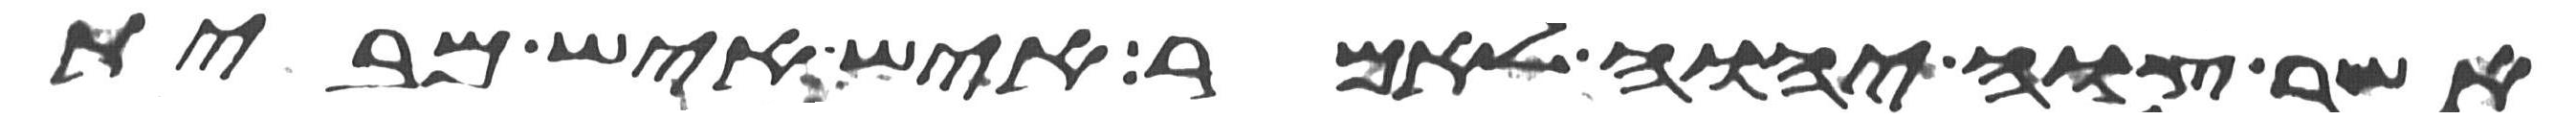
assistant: אשר צוה יהוה לאמר איש איש מבית